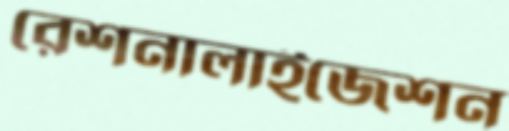
রেশনালাইজেশন